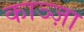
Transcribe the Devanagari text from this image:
काञ्ज़ा